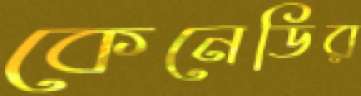
কেনেডির